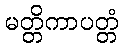
မတ္တိကာပတ္တံ